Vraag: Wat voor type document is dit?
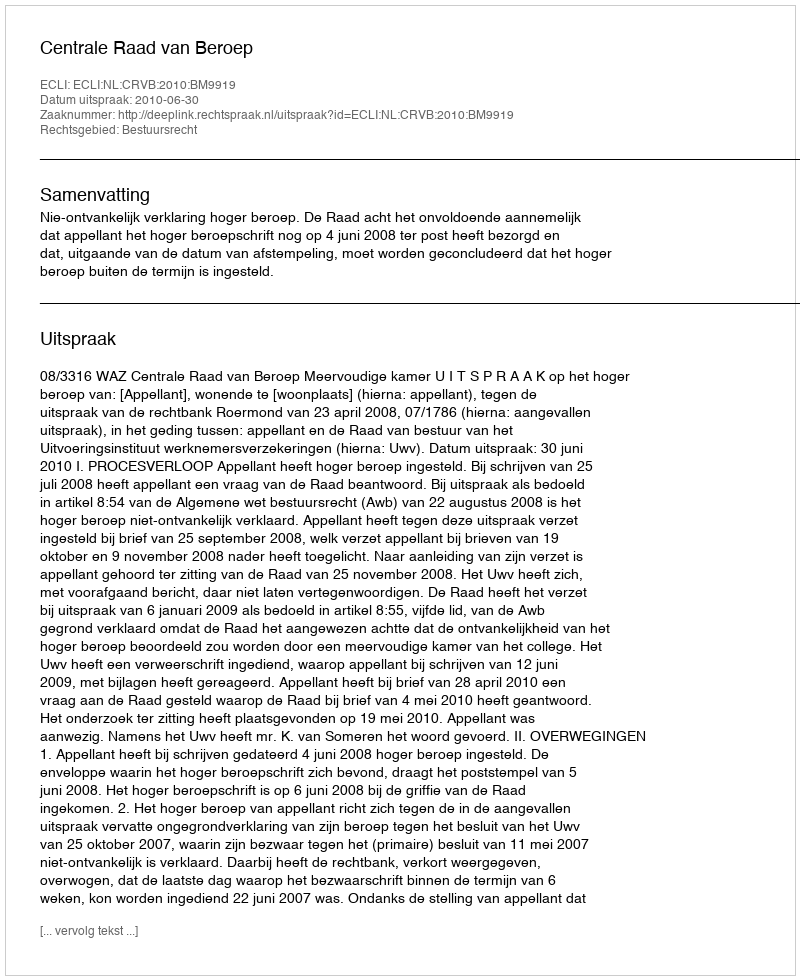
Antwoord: Uitspraak